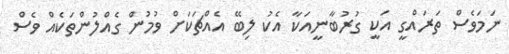
ނަމަވެސް ތަރައްގީ އަކީ ގުރުބާނީއަކާ އެކު ލިބޭ އެއްޗަކަށް ވުމުން ގެއްލުންތަކެއް ވެސް